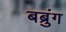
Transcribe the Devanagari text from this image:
बब्रुंग